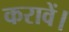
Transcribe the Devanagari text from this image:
करावें।